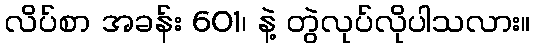
လိပ်စာ အခန်း 601၊ နဲ့ တွဲလုပ်လိုပါသလား။